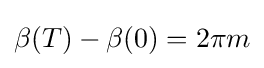
\beta (T)-\beta (0)=2\pi m